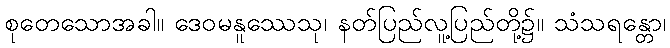
စုတေသောအခါ။ ဒေဝမနူဿေသု၊ နတ်ပြည်လူ့ပြည်တို့၌။ သံသရန္တော၊